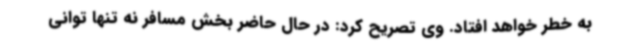
به خطر خواهد افتاد. وی تصریح کرد: در حال حاضر بخش مسافر نه تنها توانی